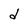
Character: d